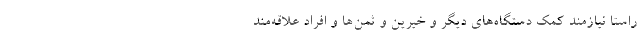
راستا نیازمند کمک دستگاه‌های دیگر و خیرین و ثمن‌ها و افراد علاقه‌مند